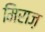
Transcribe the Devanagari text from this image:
मिराज़